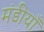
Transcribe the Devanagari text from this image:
मंडीयाँ